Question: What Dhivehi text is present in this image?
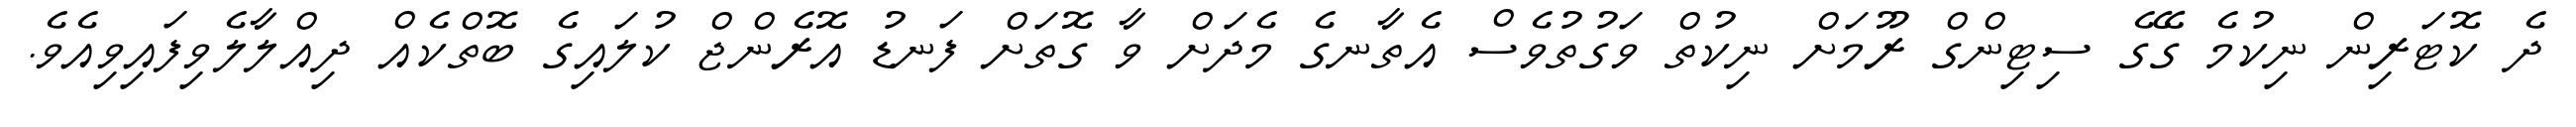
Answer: ދެ ކޮޓަރިން ނިކުމެ ގޭގެ ސިޓިންގް ރޫމަށް ނިކުތް ވަގުތުވެސް އެތާނގެ މެދަށް ވާ ގޮތަށް ފަނޑު އޮރެންޖް ކުލައިގެ ބޮތްކެއް ދިއްލާލެވިފައިވިއެވެ.